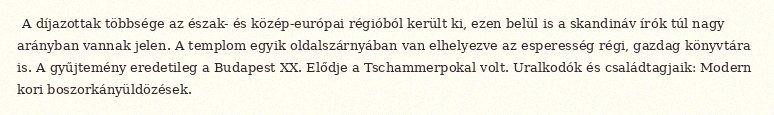
A díjazottak többsége az észak- és közép-európai régióból került ki, ezen belül is a skandináv írók túl nagy arányban vannak jelen. A templom egyik oldalszárnyában van elhelyezve az esperesség régi, gazdag könyvtára is. A gyűjtemény eredetileg a Budapest XX. Elődje a Tschammerpokal volt. Uralkodók és családtagjaik: Modern kori boszorkányüldözések.